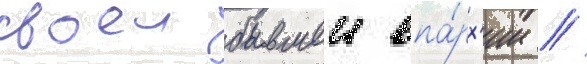
своеи бывшеи епа́рх'ии //